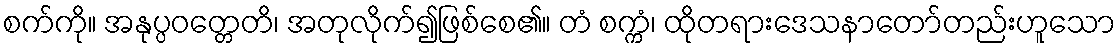
စက်ကို။ အနုပ္ပဝတ္တေတိ၊ အတုလိုက်၍ဖြစ်စေ၏။ တံ စက္ကံ၊ ထိုတရားဒေသနာတော်တည်းဟူသော